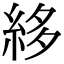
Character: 𥿫